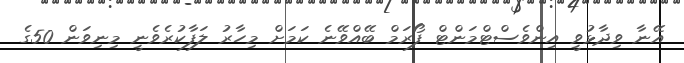
އޭނާ ވިދާޅުވީ އިންވެސްޓްމަންޓް ފޯރަމް ބޭއްވޭނެ ކަމަށް މިހާރު ލަފާކުރެވެނީ މިނިވަން 50ގެ